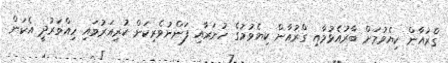
ގްރުއާން ކިޔެވުމަށް ބާރުއެޅުމާއި ގްރުއާން ކިޔެވުމުގެ ހުނަރާއި ފަންނުވެރިކަން ކުރިއަރުވައި ހިއްވަރުދީ އެކަން